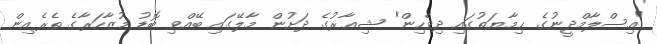
"އިސްލާމްދީނުގެ ޙިމާޔަތުގައި ދިވެހިން" ޝިޢާރުގެ ދަށުން މާލޭގައި ބޭއްވި ބޮޑު މުޒާހަރާގެ ތެރެއިން